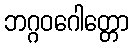
ဘဂ္ဂဝဂေါတ္တော